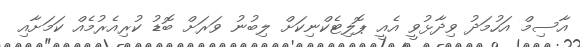
އާސިމް އަހުމަދު ވިދާޅުވީ އެއީ ޕޮލިޓެކްނިކަށް ލިބުނު ވަރަށް ބޮޑު ކުރިއެރުމެއް ކަމަށާއި